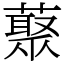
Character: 藂